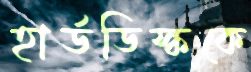
হার্ডডিস্ককে